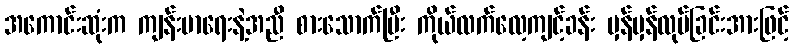
အကောင်းဆုံးက ကျန်းမာရေးနဲ့အညီ စားသောက်ပြီး ကိုယ်လက်လေ့ကျင့်ခန်း မှန်မှန်လုပ်ခြင်းအားဖြင့်